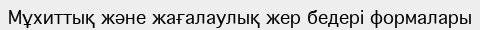
Мұхиттық және жағалаулық жер бедері формалары